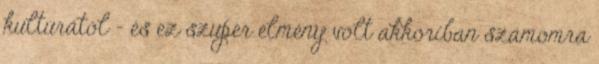
kultúrától – és ez szuper élmény volt akkoriban számomra